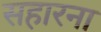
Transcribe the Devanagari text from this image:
सहारना